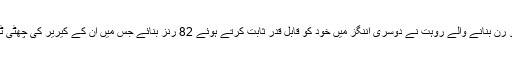
پہلی اننگز میں محض دو رن بنانے والے روہت نے دوسری اننگز میں خود کو قابل قدر ثابت کرتے ہوئے 82 رنز بنائے جس میں ان کے كیریر کی چھٹی ٹیسٹ نصف سنچری ہے۔